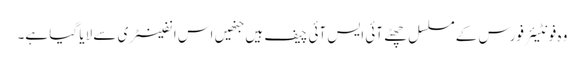
وہ فونٹیئر فورس کے مسلسل چھٹے آئی ایس آئی چیف ہیں جنھیں اس انفینٹری سے لایا گیا ہے۔